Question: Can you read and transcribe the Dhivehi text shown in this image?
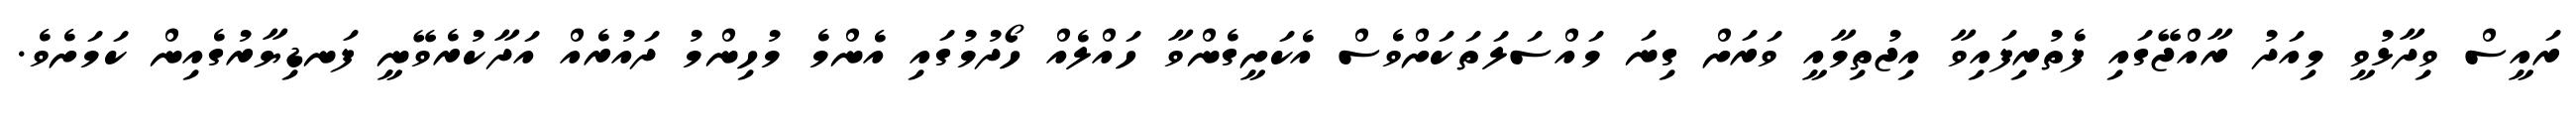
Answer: ރައީސް ވިދާޅުވީ މިއަދު ރާއްޖޭގައި ފެތުރިފައިވާ އިޖުތިމާއީ ވަރަށް ގިނަ މައްސަލަތަކަށްވެސް އެކަށީގެންވާ ހައްލެއް ހޯދުމުގައި އެންމެ މުހިންމު ދައުރެއް އަދާކުރެވޭނީ ފަނޑިޔާރުގެއިން ކަމަށެވެ.